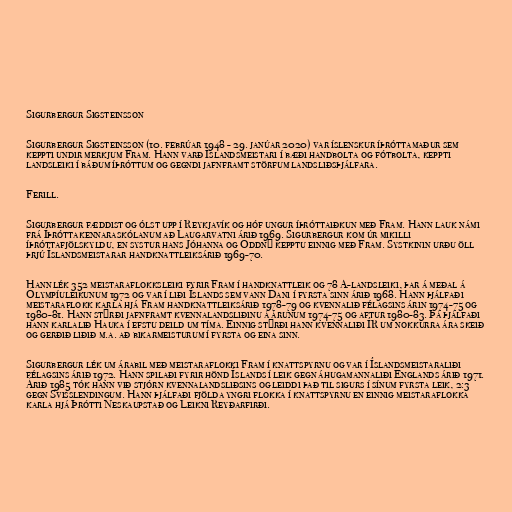
Sigurbergur Sigsteinsson

Sigurbergur Sigsteinsson (10. febrúar 1948 - 29. janúar 2020) var íslenskur íþróttamaður sem
keppti undir merkjum Fram. Hann varð Íslandsmeistari í bæði handbolta og fótbolta, keppti
landsleiki í báðum íþróttum og gegndi jafnframt störfum landsliðsþjálfara.

Ferill.

Sigurbergur fæddist og ólst upp í Reykjavík og hóf ungur íþróttaiðkun með Fram. Hann lauk námi
frá Íþróttakennaraskólanum að Laugarvatni árið 1969. Sigurbergur kom úr mikilli
íþróttafjölskyldu, en systur hans Jóhanna og Oddný kepptu einnig með Fram. Systkinin urðu öll
þrjú Íslandsmeistarar handknattleiksárið 1969-70.

Hann lék 352 meistaraflokksleiki fyrir Fram í handknattleik og 78 A-landsleiki, þar á meðal á
Ólympíuleikunum 1972 og var í liði Íslands sem vann Dani í fyrsta sinn árið 1968. Hann þjálfaði
meistaraflokk karla hjá Fram handknattleiksárið 1978-79 og kvennalið félagsins árin 1974-75 og
1980-81. Hann stýrði jafnframt kvennalandsliðinu á árunum 1974-75 og aftur 1980-83. Þá þjálfaði
hann karlalið Hauka í efstu deild um tíma. Einnig stýrði hann kvennaliði ÍR um nokkurra ára skeið
og gerðið liðið m.a. að bikarmeisturum í fyrsta og eina sinn.

Sigurbergur lék um árabil með meistaraflokki Fram í knattspyrnu og var í Íslandsmeistaraliði
félagsins árið 1972. Hann spilaði fyrir hönd Íslands í leik gegn áhugamannaliði Englands árið 1971.
Árið 1985 tók hann við stjórn kvennalandsliðsins og leiddi það til sigurs í sínum fyrsta leik, 2:3
gegn Svisslendingum. Hann þjálfaði fjölda yngri flokka í knattspyrnu en einnig meistaraflokka
karla hjá Þrótti Neskaupstað og Leikni Reyðarfirði.